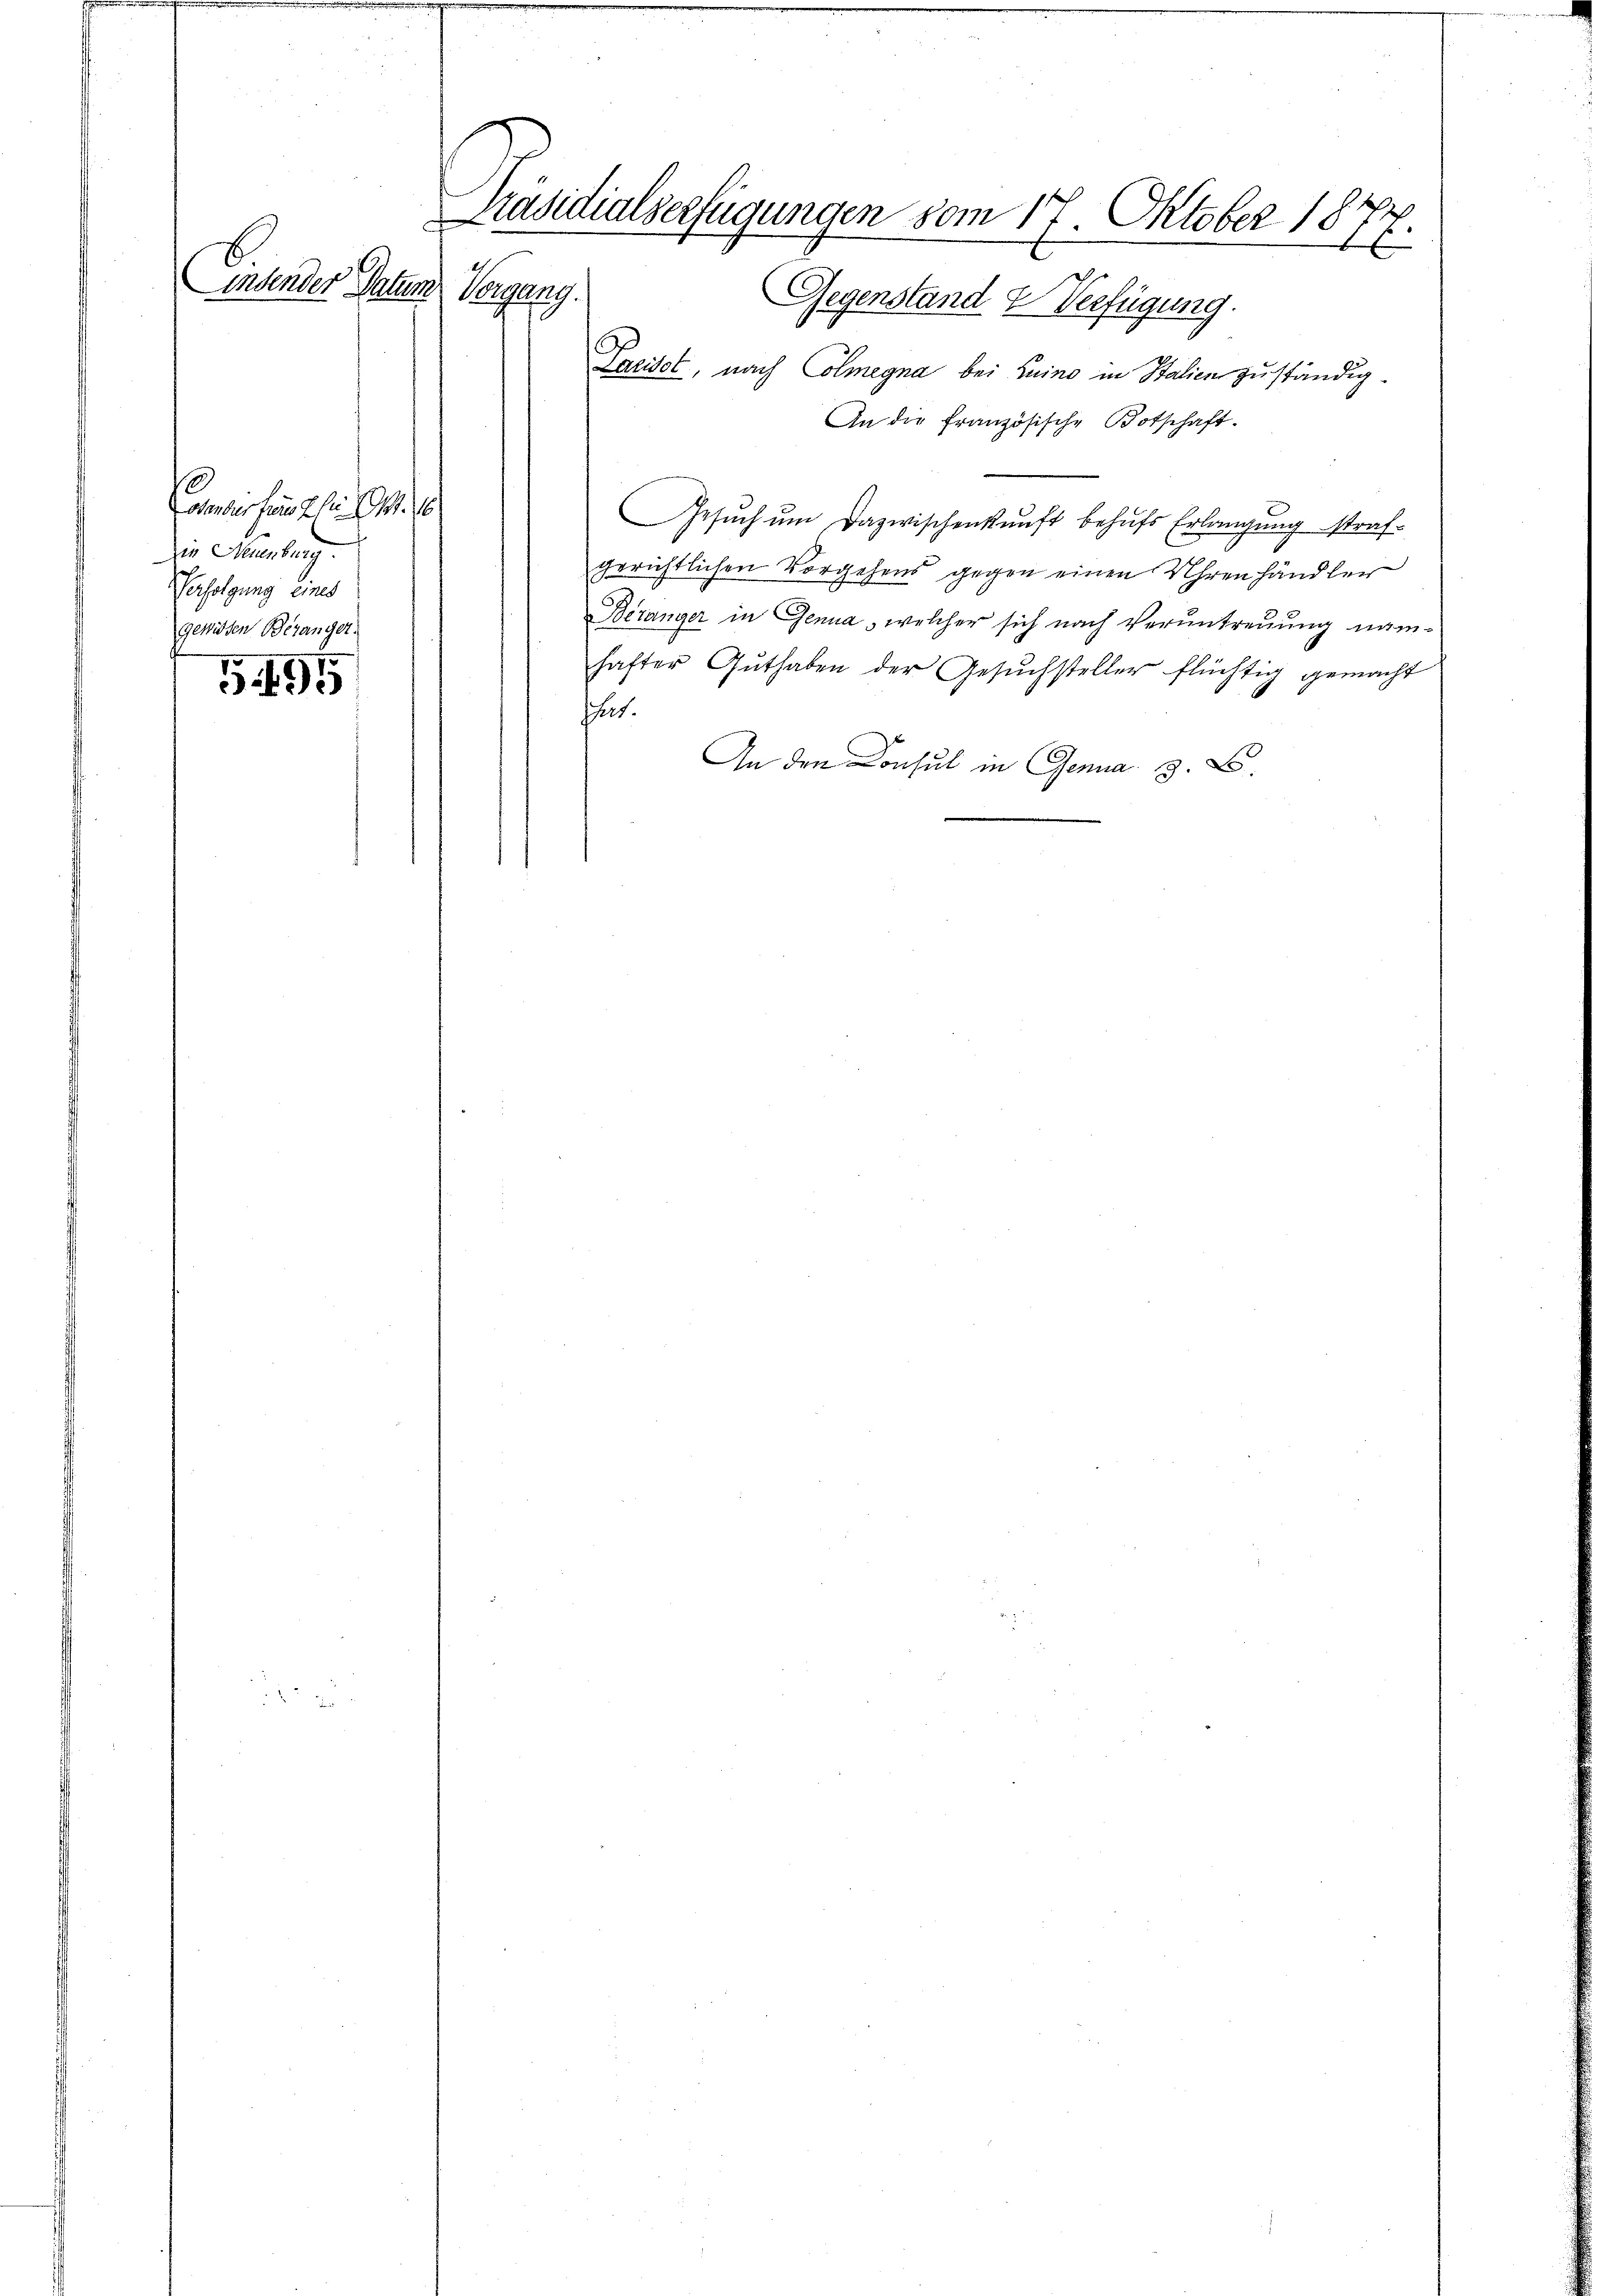
Präsidialserfügungen vom 17. Oktober 1877.
E
insender Datum.
Vongung.
Gegenstand & Verfügung.

Consis fern zu 4. 16
Die Neuenburg.
Verfolgung eines
gewissen Beganger.

G 495

Paciset, nach Colmegna bei Luino in Italien zuständig¬
An die französische Botschaft.
Gesŭch ŭm dazwischenkunft behŭfs Erlangung straf-
gerichtlichen Vorgehens gegen einen Uhrenhändler
Béranger in Genua, welcher sich nach Veruntreuung näm-
hafter Guthaben der Gesuchsteller flüchtig gemacht
ut.
An den Consul in Genua z. B.